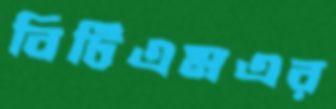
বিটিএমএর